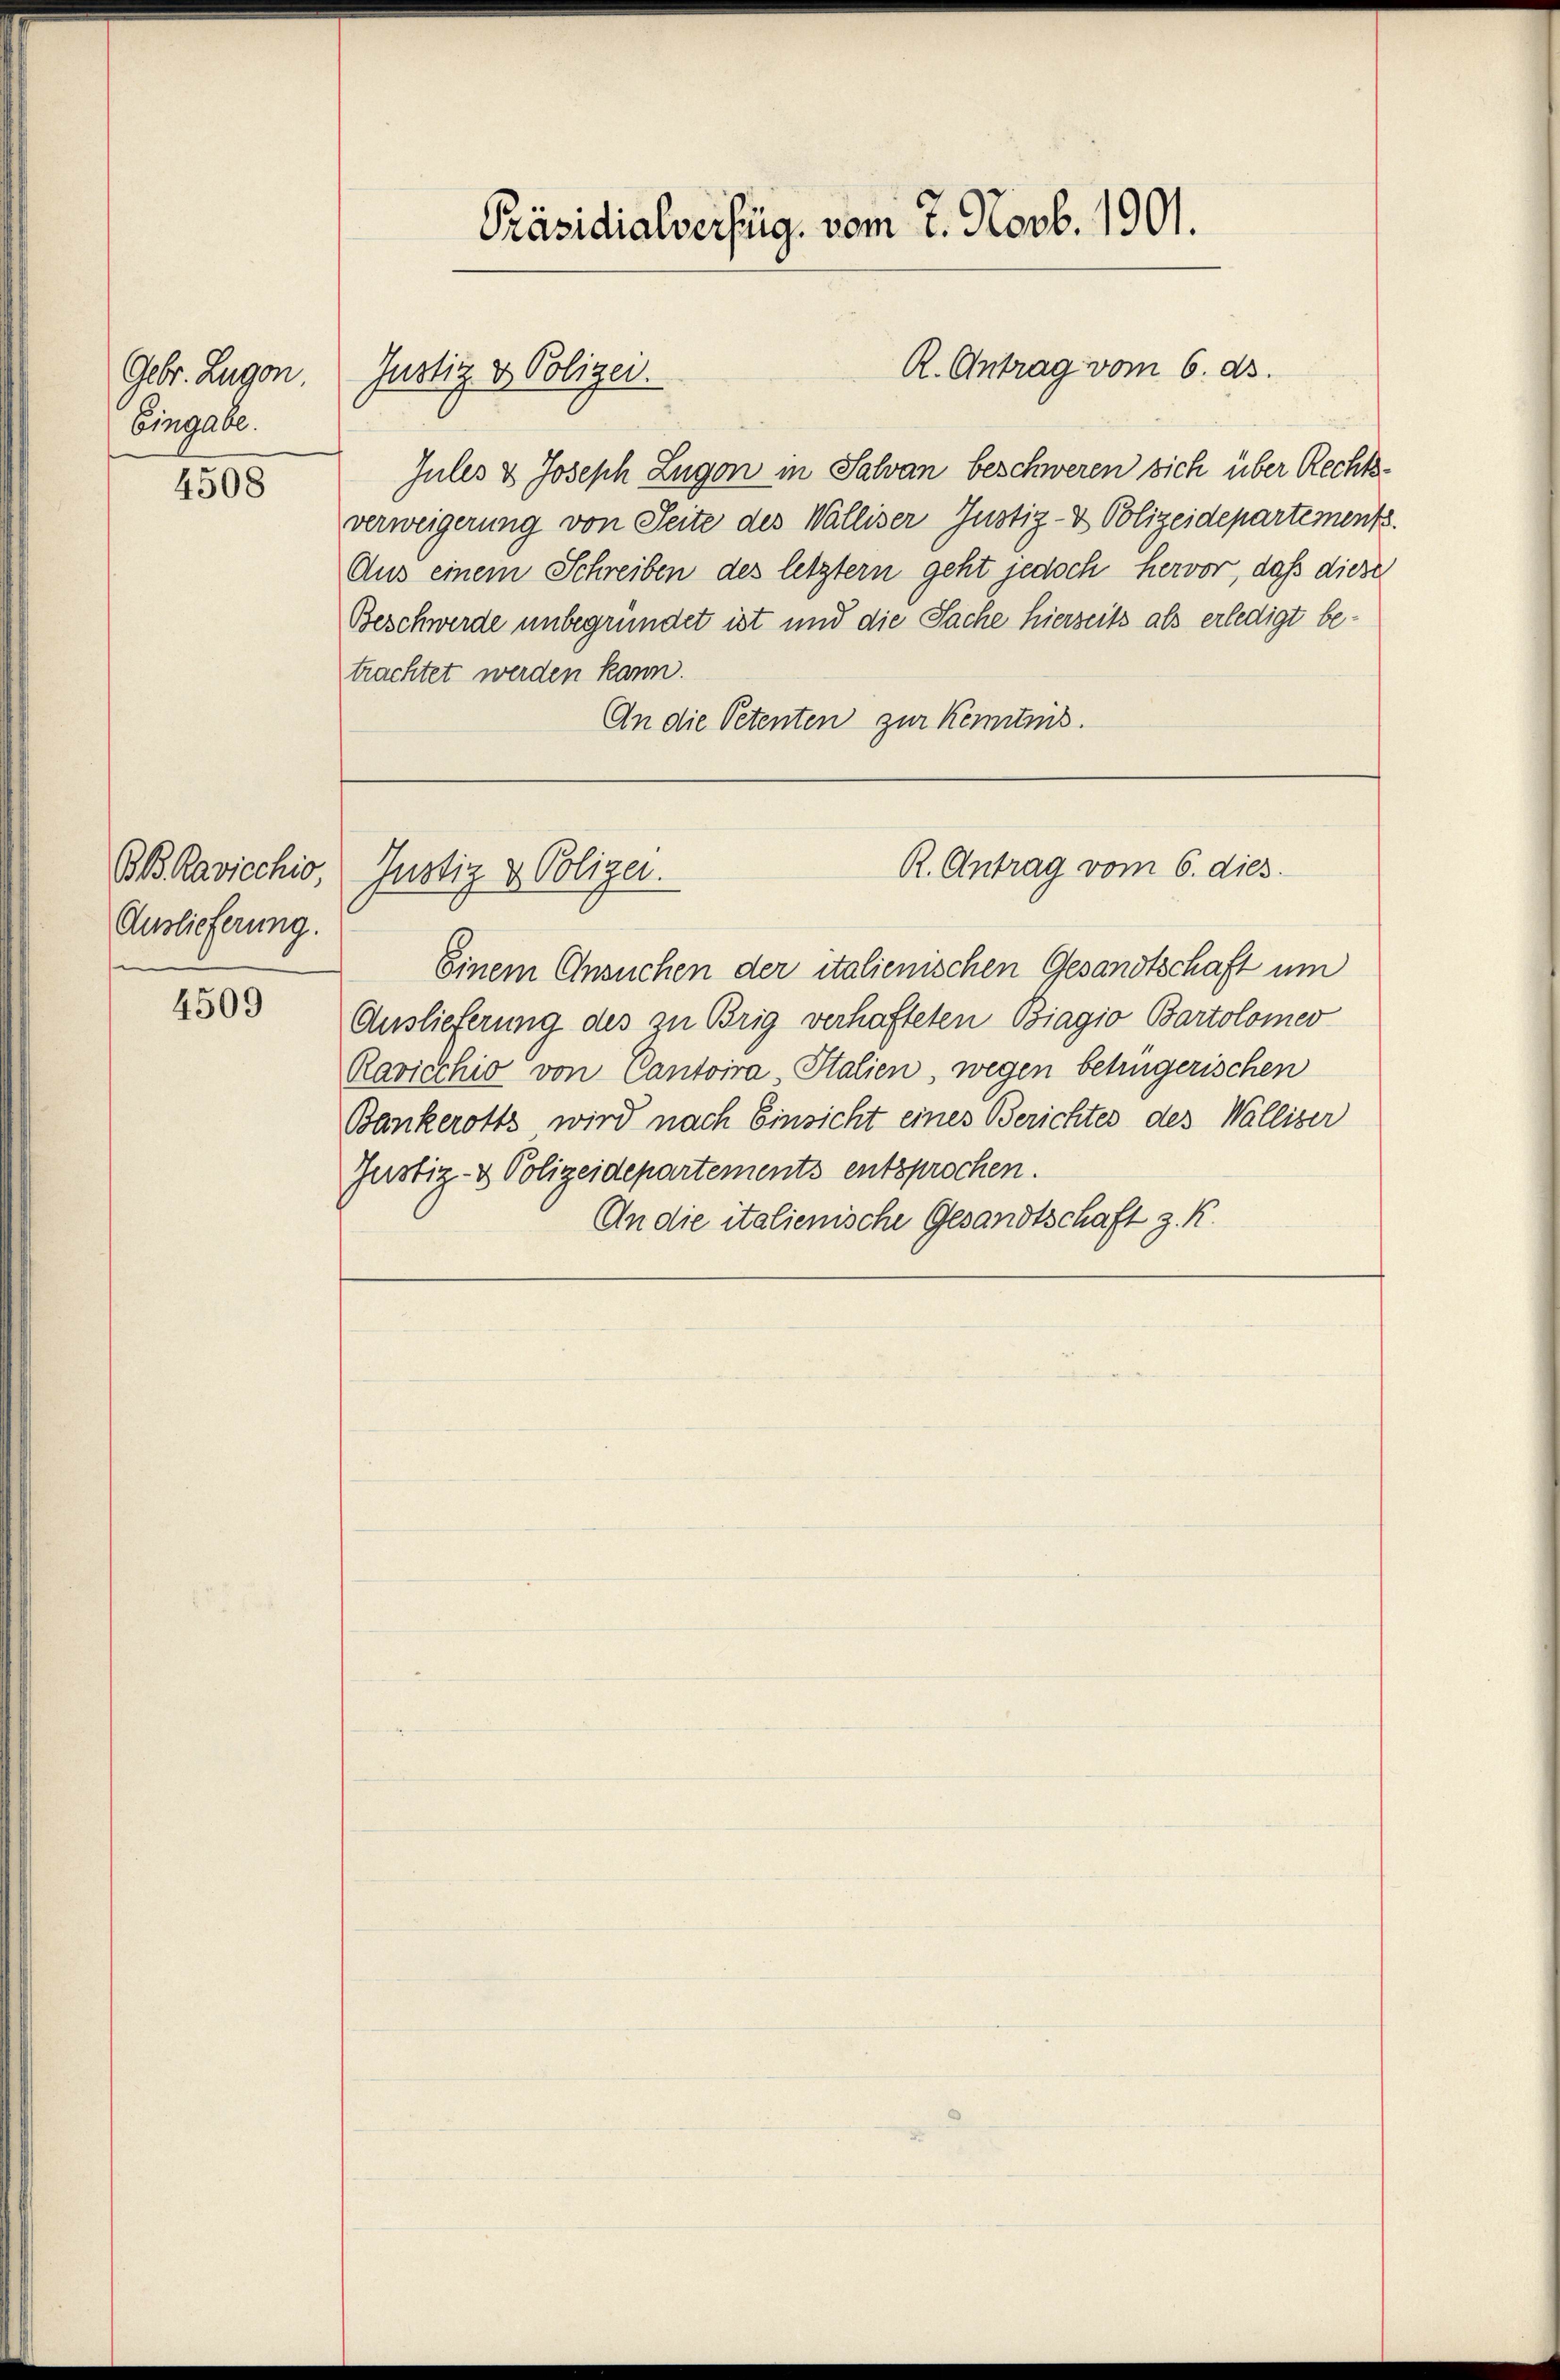
Gebr. Lugan
Eingabe.

4508

BB Ravicchio
Auslieferung.

4509

R. Antrag vom 6. ds.
Jules & Joseph Zugon in Salvan beschweren sich über Rechtsverweigerung von Seite des Walliser Justiz- & Polizeidepartements.
Aus einem Schreiben des letztern geht jedoch hervor, daß diese
Beschwerde unbegründet ist und die Sache hierseits als erledigt betrachtet werden kann.
An die Petenten zur Kenntnis.

Präsidialverfüg, vom 7. Novb. 1901.

Justiz- & Polizei.

Justiz & Polizei.

Einem Ansuchen der italienischen Gesandtschaft um
Auslieferung des zu Brig verhafteten Biagio Bartolomer
Ravicchio von Cantoira Italien, wegen betrügerischen
Bankerotts wird nach Einsicht eines Berichtes des Walliser
Justiz- & Polizeidepartements entsprochen.
An die italienische Gesandtschaft z. K.

R. Antrag vom 6. dies